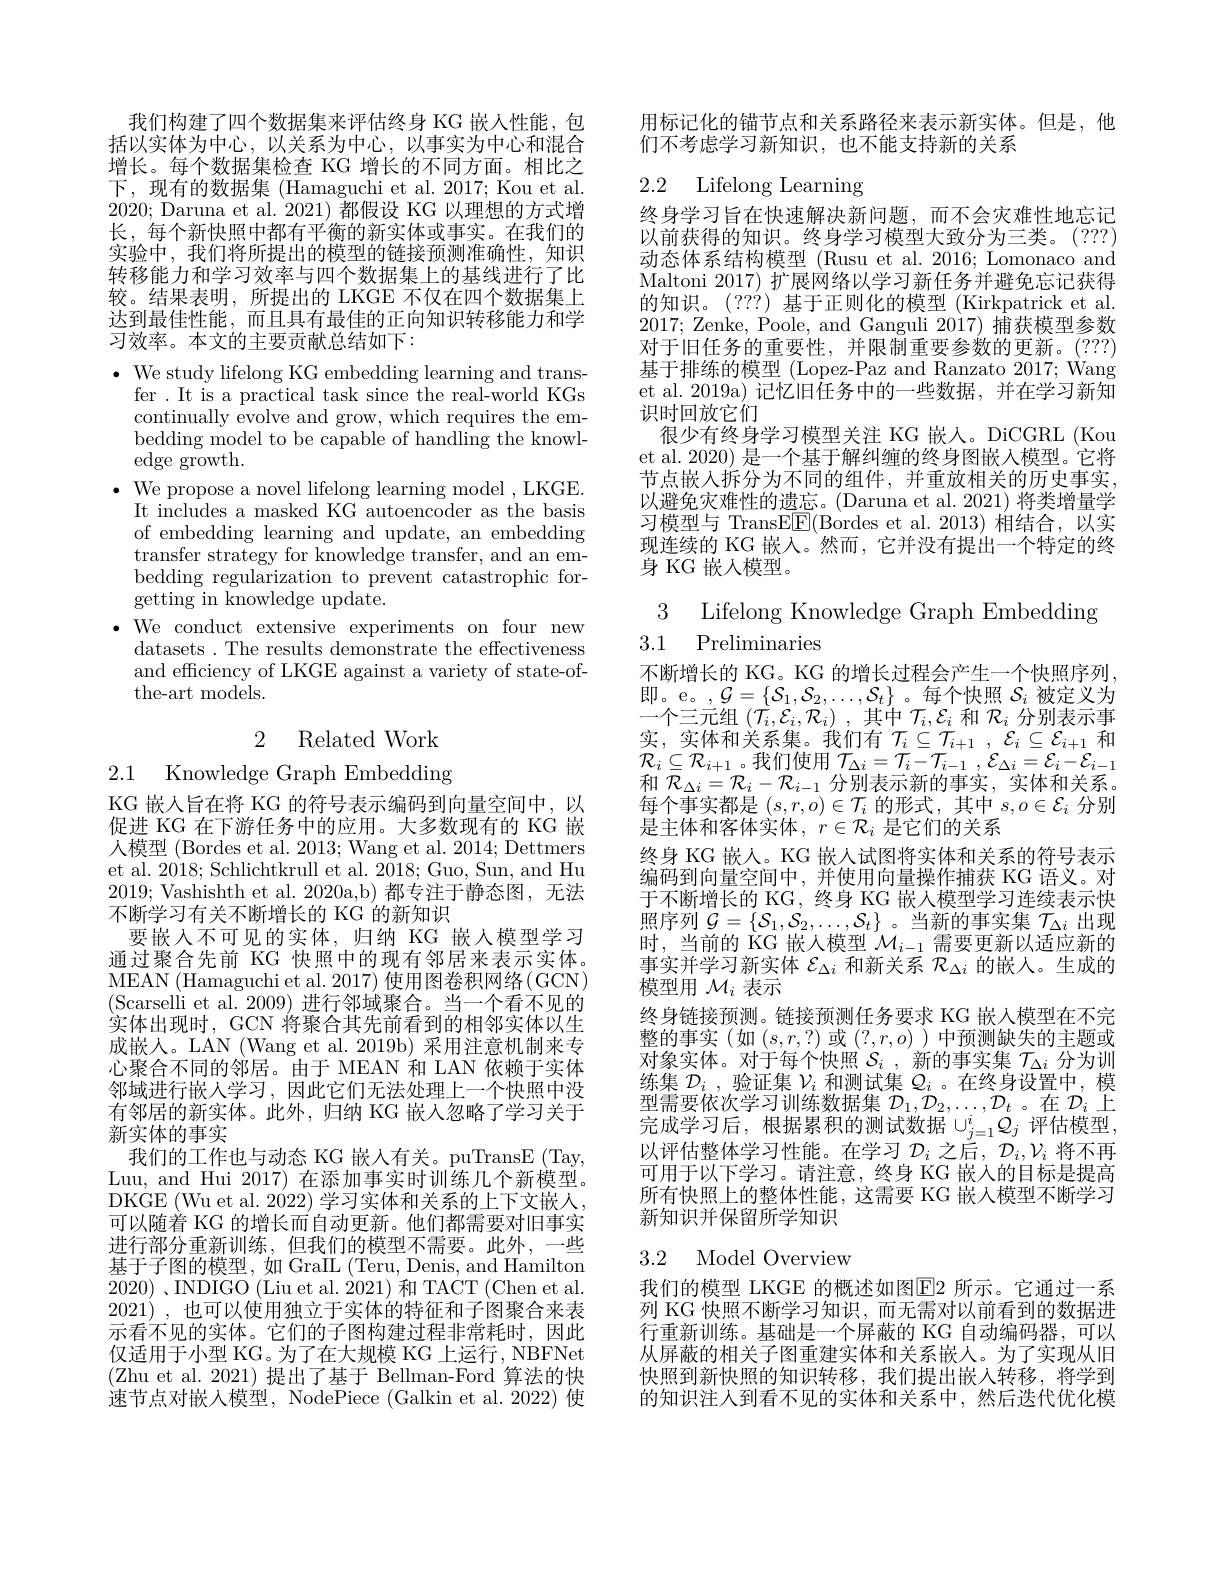
我们构建了四个数据集来评估终身 KG 嵌人性能，包括以实体为中心，以关系为中心，以事实为中心和混合增长。每个数据集检查 KG 增长的不同方面。相比之下，现有的数据集 (Hamaguchi et al.2017; Kou et al. 2020; Daruna et al. 2021)都假设 KG 以理想的方式增长，每个新快照中都有平衡的新实体或事实。在我们的实验中，我们将所提出的模型的链接预测准确性，知识转移能力和学习效率与四个数据集上的基线进行了比较。结果表明，所提出的 LKGE 不仅在四个数据集上达到最佳性能，而且具有最佳的正向知识转移能力和学习效率。本文的主要贡献总结如下：

$\cdot$ We study lifelong KG embedding learning and trans-
fer . It is a practical task since the real-world KGs continually evolve and grow, which requires the embedding model to be capable of handling the knowledge growth.
$\bullet$ We propose a novel lifelong learning model , LKGE.
It includes a masked KG autoencoder as the basis of embedding learning and update, an embedding transfer strategy for knowledge transfer, and an embedding regularization to prevent catastrophic forgetting in knowledge update.
$\bullet$We conduct extensive experiments on four new
datasets . The results demonstrate the effectiveness and efficiency of LKGE against a variety of state-ofthe-art models.

2 Related Work

2.1 Knowledge Graph Embedding

KG 嵌入旨在将 KG 的符号表示编码到向量空间中，以促进 KG 在下游任务中的应用。大多数现有的 KG 嵌人模型 (Bordes et al. 2013; Wang et al. 2014; Dettmers et al. 2018; Schlichtkrull et al. 2018; Guo, Sun, and Hu 2019; Vashishth et al. 2020a,b)都专注于静态图，无法不断学习有关不断增长的 KG 的新知识
要嵌人不可见的实体，归纳 KG 嵌人模型学习通过聚合先前 KG 快照中的现有邻居来表示实体。MEAN (Hamaguchi et al. 2017) 使用图卷积网络(GCN) (Scarselli et al. 2009) 进行邻域聚合。当一个看不见的实体出现时，GCN 将聚合其先前看到的相邻实体以生成嵌人。LAN (Wang et al. 2019b) 采用注意机制来专心聚合不同的邻居。由于 MEAN 和 LAN 依赖于实体邻域进行嵌人学习，因此它们无法处理上一个快照中没有邻居的新实体。此外，归纳 KG 嵌人忽略了学习关于新实体的事实
我们的工作也与动态 KG 嵌人有关。puTransE (Tay, Luu, and Hui 2017) 在添加事实时训练几个新模型。DKGE (Wu et al. 2022) 学习实体和关系的上下文嵌人， 可以随着 KG 的增长而自动更新。他们都需要对旧事实进行部分重新训练，但我们的模型不需要。此外，一些基于子图的模型，如 GraIL (Teru, Denis, and Hamilton 2020) 、INDIGO (Liu et al. 2021) 和 TACT (Chen et al. 2021) , 也可以使用独立于实体的特征和子图聚合来表示看不见的实体。它们的子图构建过程非常耗时，因此仅适用于小型 KG。为了在大规模 KG 上运行，NBFNet (Zhu et al. 2021) 提出了基于 Bellman-Ford 算法的快速节点对嵌入模型，NodePiece (Galkin et al. 2022) 使

用标记化的锚节点和关系路径来表示新实体。但是，他
们不考虑学习新知识，也不能支持新的关系

## 2.2 Lifelong Learning

终身学习旨在快速解决新问题，而不会灾难性地忘记以前获得的知识。终身学习模型大致分为三类。(???) 动态体系结构模型 (Rusu et al. 2016; Lomonaco and Maltoni 2017) 扩展网络以学习新任务并避免忘记获得的知识。(???) 基于正则化的模型 (Kirkpatrick et al. 2017; Zenke, Poole, and Ganguli 2017)捕获模型参数对于旧任务的重要性，并限制重要参数的更新。(???) 基于排练的模型 (Lopez-Paz and Ranzato 2017; Wang et al. 2019a) 记忆旧任务中的一些数据，并在学习新知识时回放它们
很少有终身学习模型关注 KG 嵌入。DiCGRL (Kou et al. 2020) 是一个基于解纠缠的终身图嵌入模型。它将节点嵌入拆分为不同的组件，并重放相关的历史事实， 以避免灾难性的遗忘。(Daruna et al. 2021) 将类增量学习模型与 TransE$\underline{\mathrm{E}}($Bordes et al.2013)相结合，以实现连续的 KG 嵌人。然而，它并没有提出一个特定的终身 KG 嵌人模型。

3 Lifelong Knowledge Graph Embedding
3.1 Preliminaries

不断增长的 KG。KG 的增长过程会产生一个快照序列即。e。,$\mathcal{G}=\{\mathcal{S}_1,\mathcal{S}_2,\ldots,\mathcal{S}_t\}$。每个快照$\mathcal{S}_i$被定义为一个三元组$( \mathcal{T} _i, \mathcal{E} _i, \mathcal{R} _i)$ ,其中$\mathcal{T}_i,\mathcal{E}_i$和$\mathcal{R}_i$分别表示事$\begin{array}{l}\text{实，实体和关系集。我们有}&\mathcal{T}_i\subseteq\mathcal{T}_{i+1}\:,\:\mathcal{E}_i\subseteq\mathcal{E}_{i+1}\\\mathcal{R}_i\subseteq\mathcal{R}_{i+1}\text{。我们使用 }\mathcal{T}_{\Delta i}=\mathcal{T}_i-\mathcal{T}_{i-1}\:,\:\mathcal{E}_{\Delta i}=\mathcal{E}_i-\mathcal{E}_{i-1}\end{array}$ 和$\mathcal{R}_{\Delta i}=\mathcal{R}_i-\mathcal{R}_{i-1}$分别表示新的事实，实体和关系。每个事实都是$(s,r,o)\in\mathcal{T}_i$的形式，其中$s,o\in\mathcal{E}_i$分别是主体和客体实体$,r\in\mathcal{R}_i$ 是它们的关系
终身 KG 嵌人。KG 嵌人试图将实体和关系的符号表示编码到向量空间中，并使用向量操作捕获 KG 语义。对于不断增长的 KG , 终身 KG 嵌人模型学习连续表示快照序列$\mathcal{G}=\{\mathcal{S}_1,\mathcal{S}_2,\ldots,\mathcal{S}_t\}$ 。当新的事实集$\mathcal{T}_\Delta i$出现时，当前的 KG 嵌人模型$\mathcal{M}_i-1$需要更新以适应新的事实并学习新实体$\mathcal{E}_\Delta i$和新关系$\mathcal{R}_\Delta i$的嵌人。生成的模型用$\mathcal{M}_i$表示
终身链接预测。链接预测任务要求 KG 嵌入模型在不完整的事实(如(s,r,?)或(?,r,o))中预测缺失的主题或对象实体。对于每个快照$\mathcal{S}_i$,新的事实集$\mathcal{T}_\Delta i$分为训练集$\mathcal{D}_i$ ,验证集$\mathcal{V}_i$和测试集$\mathcal{Q}_i$ 。在终身设置中，模型需要依次学习训练数据集$\mathcal{D}_1,\mathcal{D}_2,\ldots,\mathcal{D}_t$ 。在$\mathcal{D}_i$上完成学习后，根据累积的测试数据$\cup_{j=1}^iQ_j$评估模型以评估整体学习性能。在学习$\mathcal{D}_i$之后，$\mathcal{D}_i,\mathcal{V}_i$将不再可用于以下学习。请注意，终身 KG 嵌入的目标是提高所有快照上的整体性能，这需要 KG 嵌入模型不断学习新知识并保留所学知识

## 3.2 Model Overview

我们的模型 LKGE 的概述如图$\boxed{\mathrm{F}}2$ 所示。它通过一系列 KG 快照不断学习知识，而无需对以前看到的数据进行重新训练。基础是一个屏蔽的 KG 自动编码器，可以从屏蔽的相关子图重建实体和关系嵌人。为了实现从旧快照到新快照的知识转移，我们提出嵌入转移，将学到的知识注人到看不见的实体和关系中，然后迭代优化模